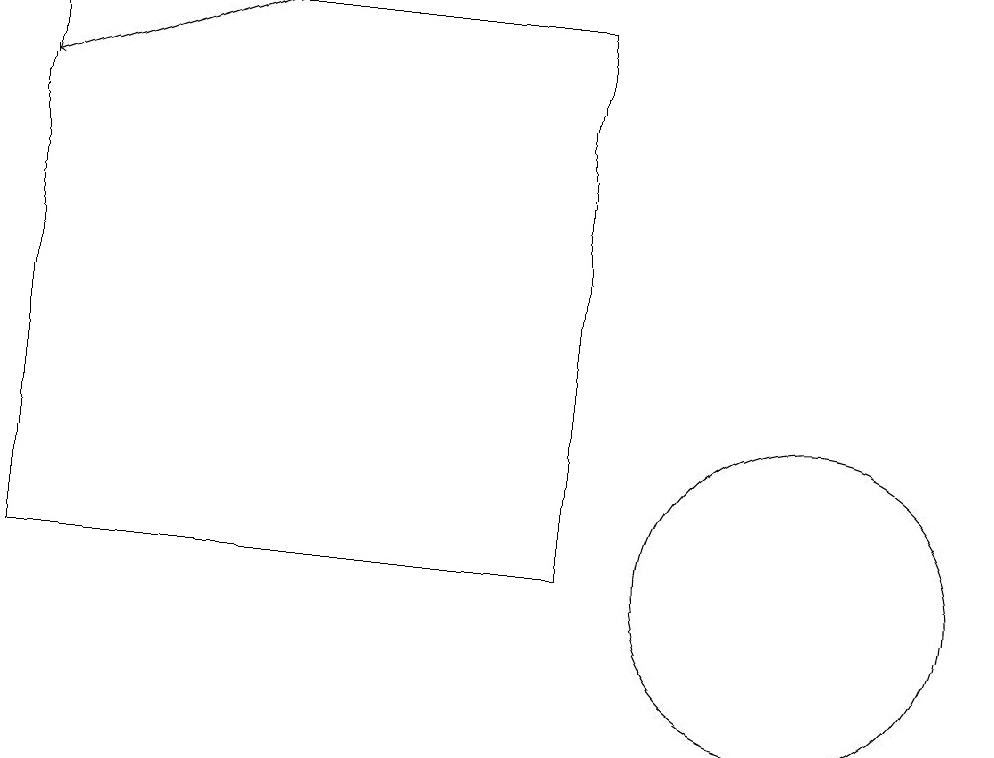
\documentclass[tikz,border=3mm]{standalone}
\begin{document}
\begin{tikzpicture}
\draw (11,12) circle (2);
\draw[->] (4,19) -- (1,18);
\draw (8,19) rectangle (1,12);
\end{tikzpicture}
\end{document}